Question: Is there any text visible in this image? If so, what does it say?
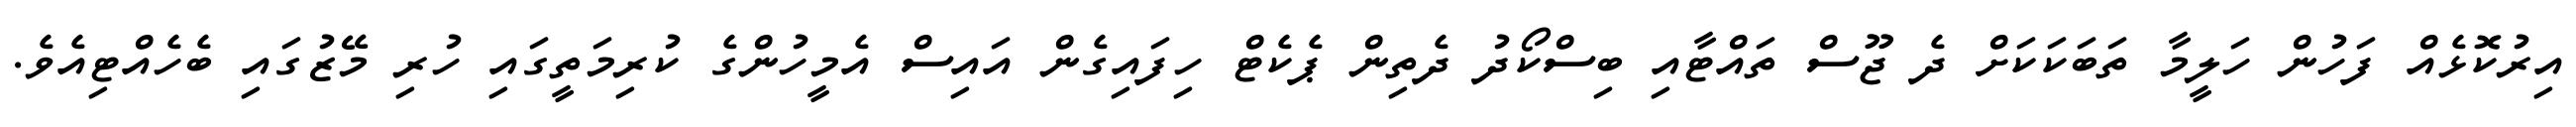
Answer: އިރުކޮޅެއް ފަހުން ހަލީމާ ތަބަކަކަށް ދެ ޖޫސް ތައްޓާއި ބިސްކޯދު ދެތިން ޕެކެޓް ހިފައިގެން އައިސް އެމީހުންގެ ކުރިމަތީގައި ހުރި މޭޒުގައި ބެހެއްޓިއެވެ.